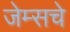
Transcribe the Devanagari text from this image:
जेम्सचे